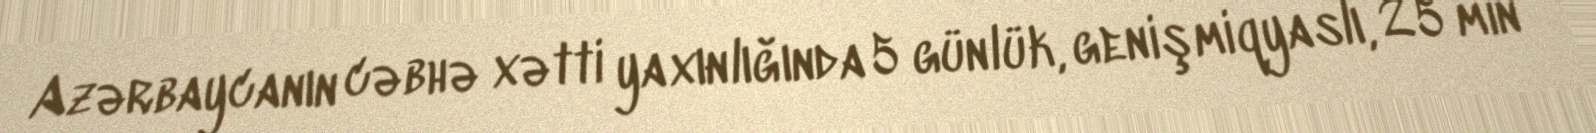
Azərbaycanın cəbhə xətti yaxınlığında 5 günlük, genişmiqyaslı, 25 min